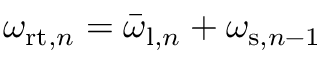
\omega _ { \mathrm { r t } , n } = \bar { \omega } _ { \mathrm { l } , n } + \omega _ { \mathrm { s } , n - 1 }